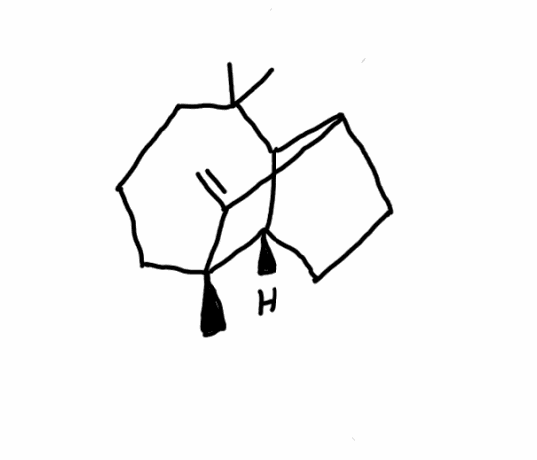
Simplified molecular-input line-entry system (SMILES) notation of the given molecule:
C[C@]12CCCC(C3[C@@H]1CCC3C2=C)(C)C